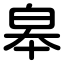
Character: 皋